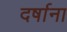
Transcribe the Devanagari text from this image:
दर्षाना